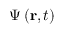
\Psi \left( \mathbf { r } , t \right) \,